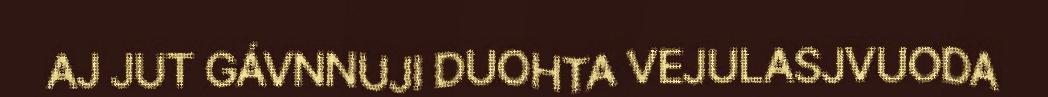
AJ JUT GÁVNNUJI DUOHTA VEJULASJVUODA